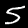
Label: 5